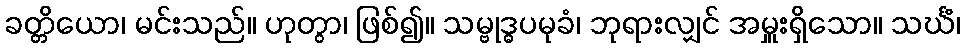
ခတ္တိယော၊ မင်းသည်။ ဟုတွာ၊ ဖြစ်၍။ သမ္ဗုဒ္ဓပမုခံ၊ ဘုရားလျှင် အမှူးရှိသော။ သင်္ဃံ၊